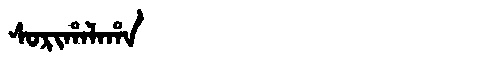
Manchu: ᠰᠣᡵᡳᡥᠠᠯᠠᡥᠠ
Romanization: SORIHALAHA